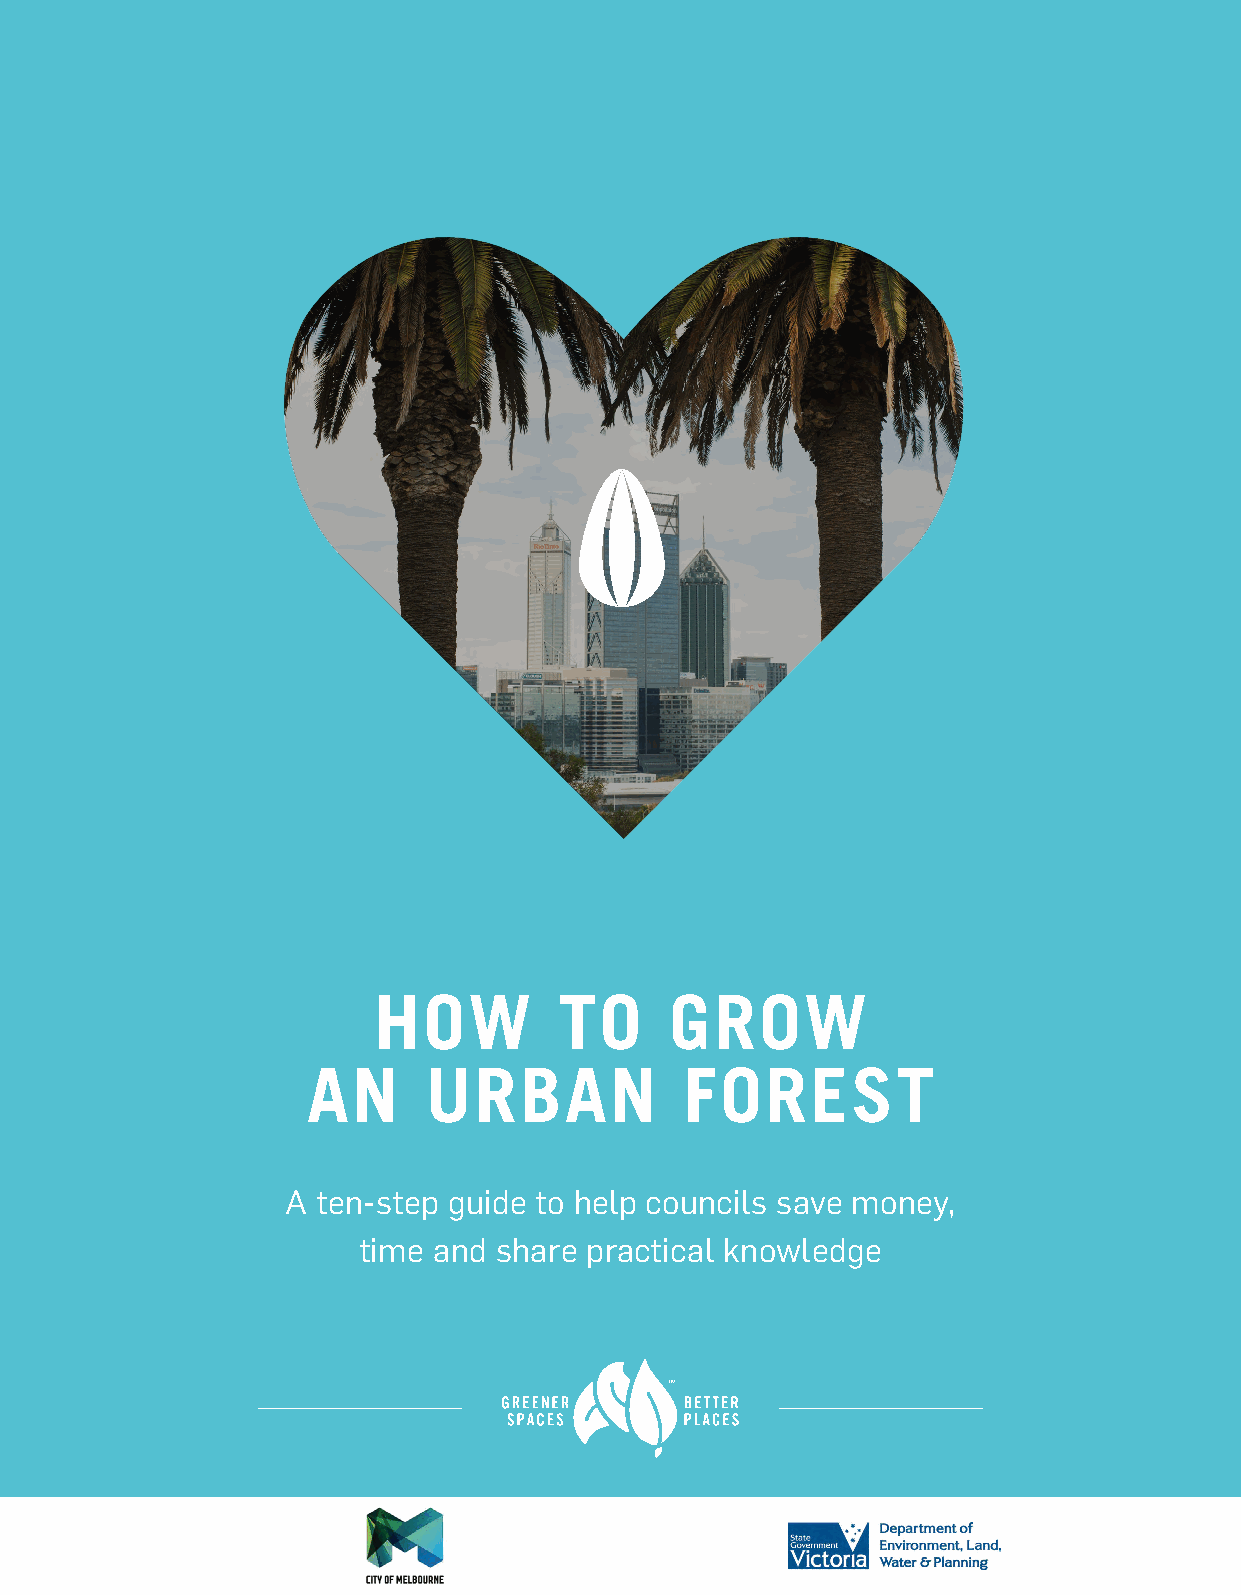
HOW         TO     GROW
 AN      URBAN            FOREST
 A ten-step guide to help councils save money,
 time and share practical knowledge